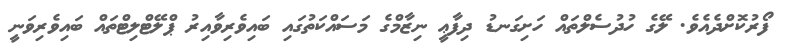
ފޯރުކޮށްދެއެވެ. ލޭގެ ހުދުސެލްތައް ހަށިގަނޑު ދިފާޢީ ނިޒާމްގެ މަސައްކަތުގައި ބައިވެރިވާއިރު ޕްލޭޓްލިޓްތައް ބައިވެރިވަނީ